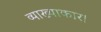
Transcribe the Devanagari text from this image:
व्याख्याकार।